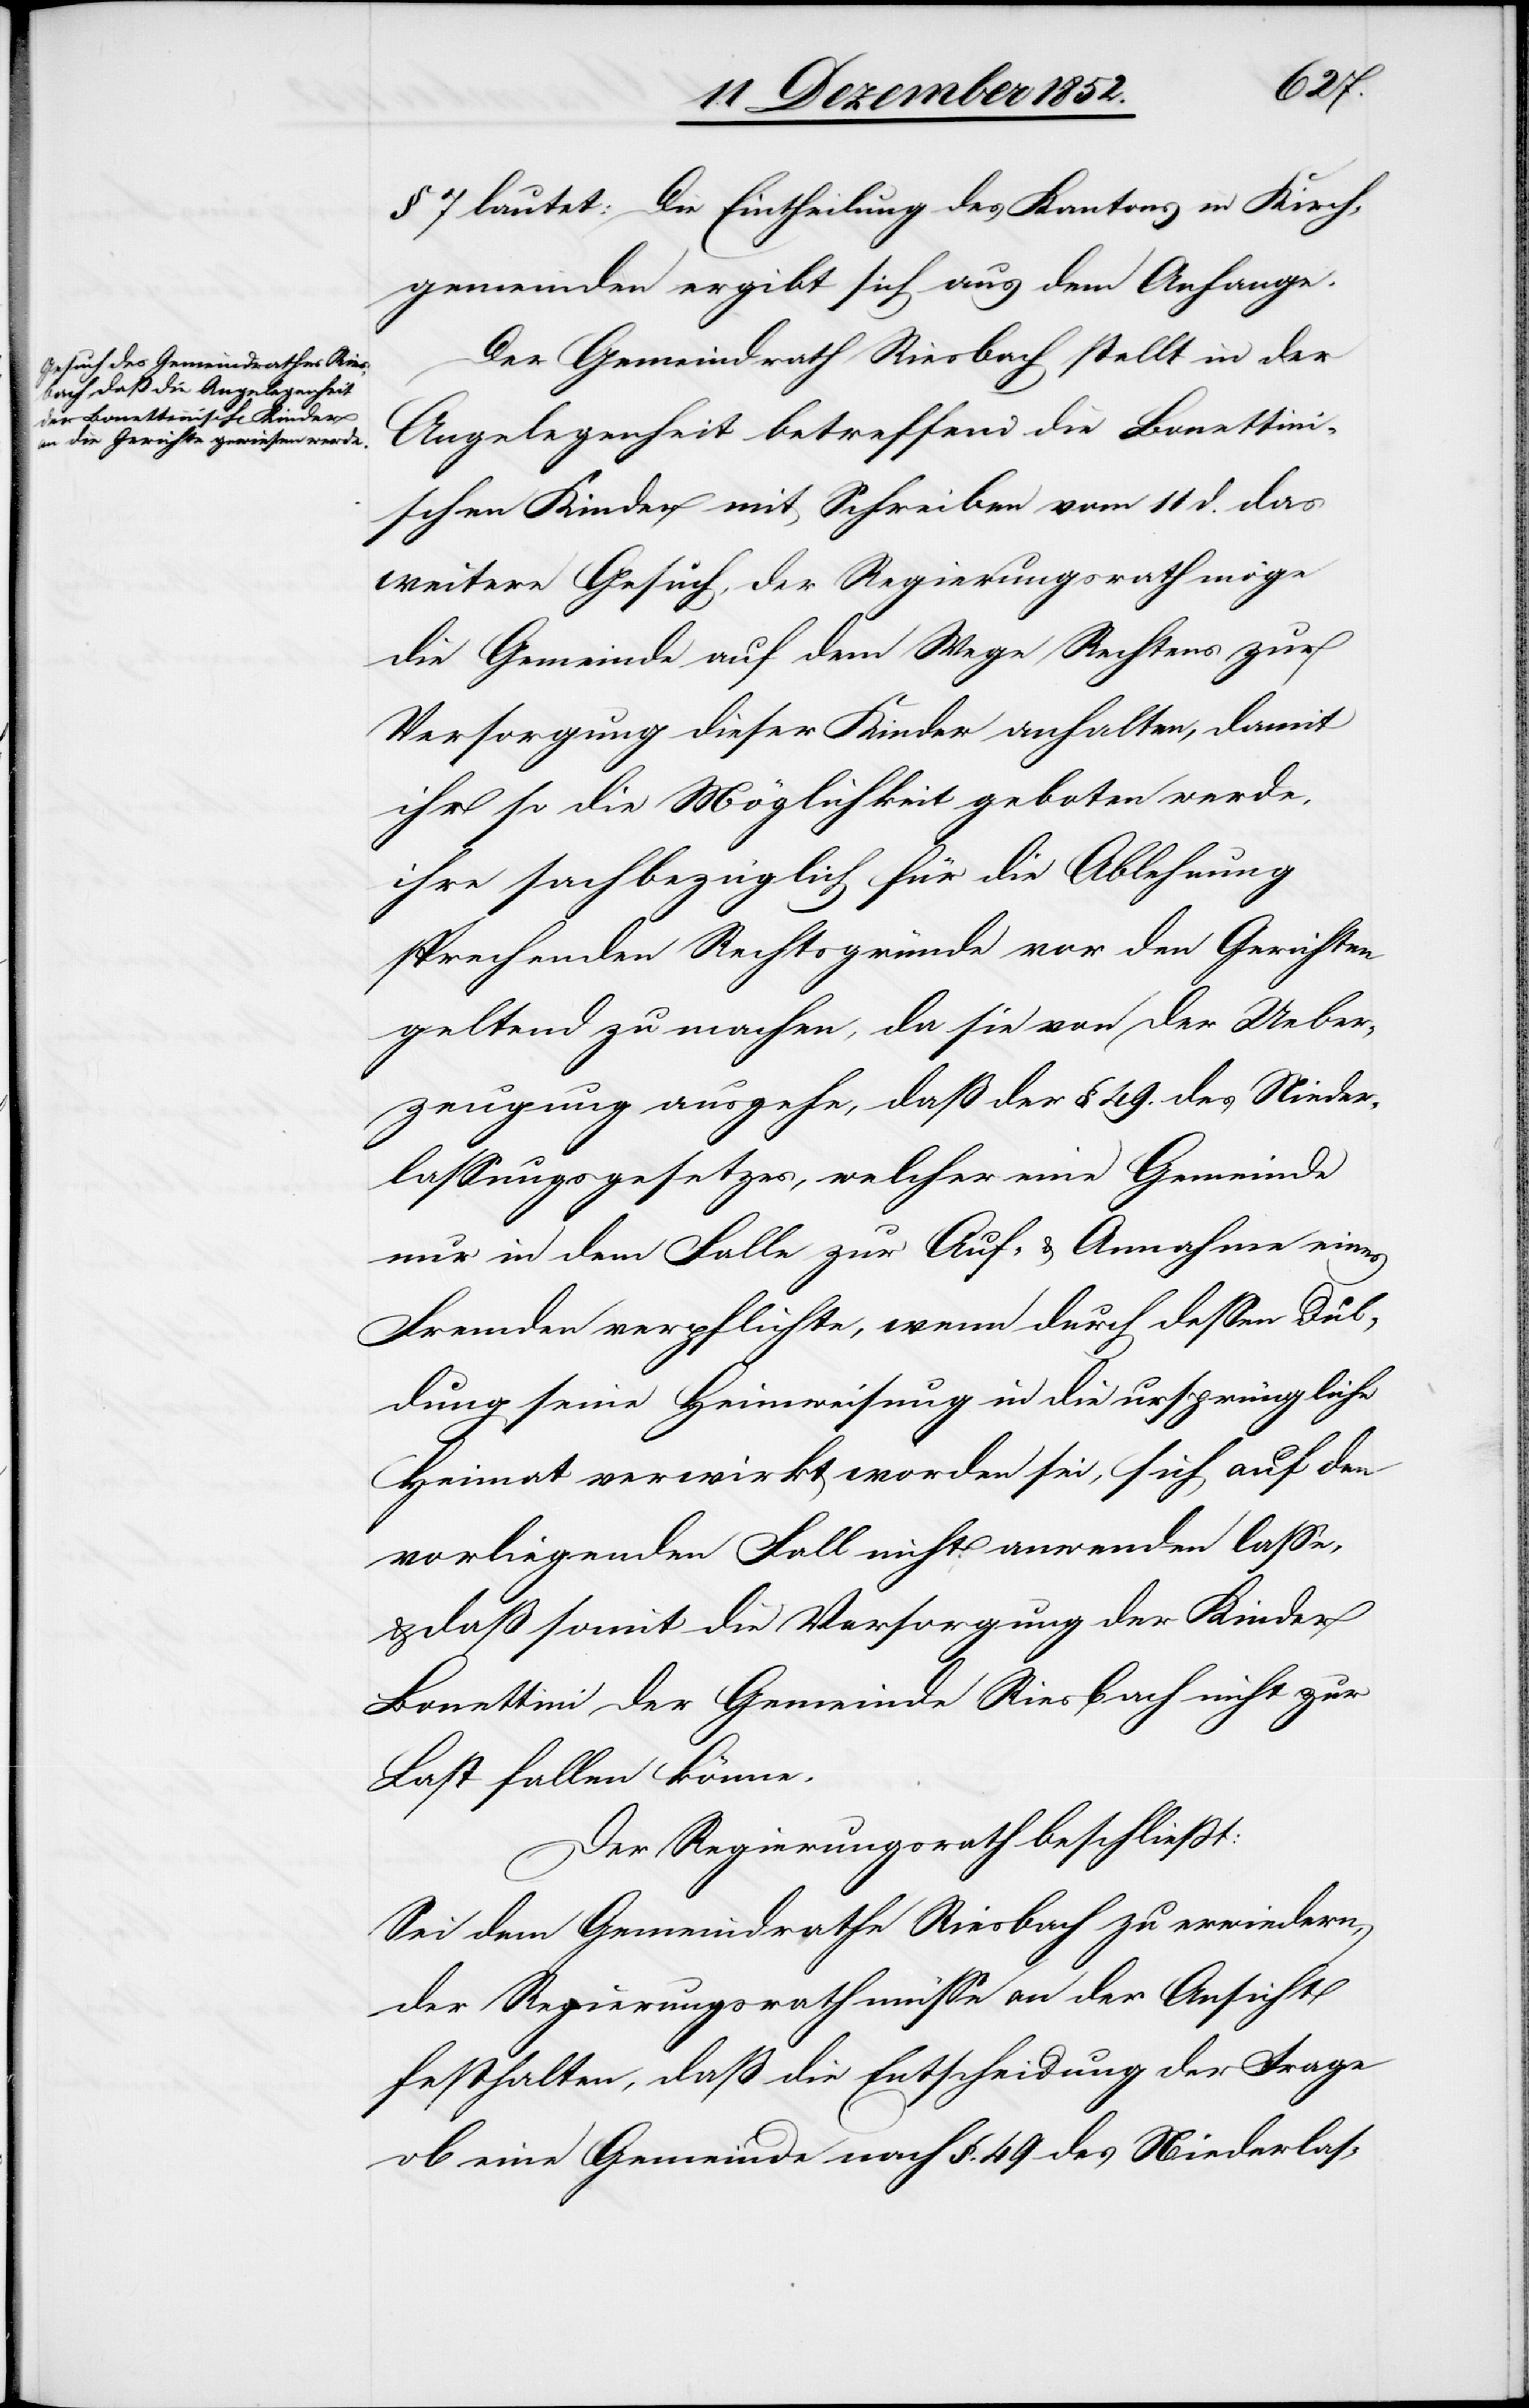
§ 7 lautet: Die Eintheilung des Kantons in Kirch¬
gemeinden ergibt sich aus dem Anhange.
Der Gemeindrath Riesbach stellt in der
Angelegenheit betreffend die Bonettini¬
schen Kinder mit Schreiben vom 11 d. das
weitere Gesuch, der Regierungsrath möge
die Gemeinde auf dem Wege Rechtens zur
Versorgung dieser Kinder anhalten, damit
ihr so die Möglichkeit geboten werde,
ihre sachbezüglich für die Ablehnung
sprechenden Rechtsgründe vor den Gerichten
geltend zu machen, da sie von der Ueber¬
zeugung ausgehe, daß der § 49. des Nieder¬
lassungsgesetzes, welcher eine Gemeinde
nur in dem Falle zur Auf- & Annahme eines
Fremden verpflichte, wenn durch dessen Dul¬
dung seine Heimweisung in die ursprüngliche
Heimat verwirkt worden sei, sich auf den
vorliegenden Fall nicht anwenden lasse,
& daß somit die Versorgung der Kinder
Bonettini der Gemeinde Riesbach nicht zur
Last fallen könne.
Der Regierungsrath beschließt:
Sei dem Gemeindrathe Riesbach zu erwiedern,
der Regierungsrath müsse an der Ansicht
festhalten, daß die Entscheidung der Frage
ob eine Gemeinde nach §. 49 des Niederlas-